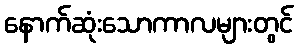
နောက်ဆုံးသောကာလများတွင်